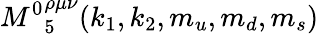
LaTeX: {M^{0}}_{5}^{\rho\mu\nu}(k_{1},k_{2},m_{u},m_{d},m_{s})